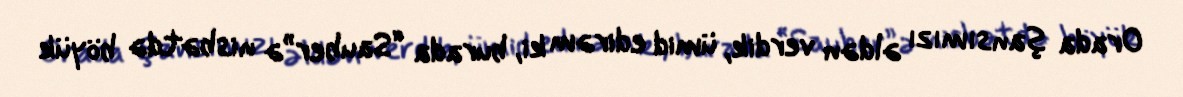
Orada şansımızı əldən verdik, ümid edirəm ki, burada “Sauber”ə nisbətdə böyük